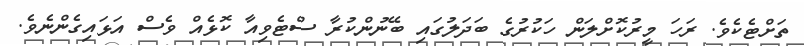
ތަށްޓެކެވެ. ރަހަ މީރުކޮށްލަން ހަކުރުގެ ބަދަލުގައި ބޭނުންކުރާ ސްޓެވިއާ ކޮޅެއް ވެސް އަޅައިގެންނެވެ.